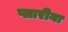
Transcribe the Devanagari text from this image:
प्लारीना